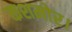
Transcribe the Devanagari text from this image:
कशमोर।